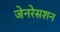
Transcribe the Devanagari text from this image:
जेनरेसशन